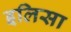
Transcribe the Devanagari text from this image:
इलिसा